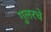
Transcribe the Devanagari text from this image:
गुलरचे